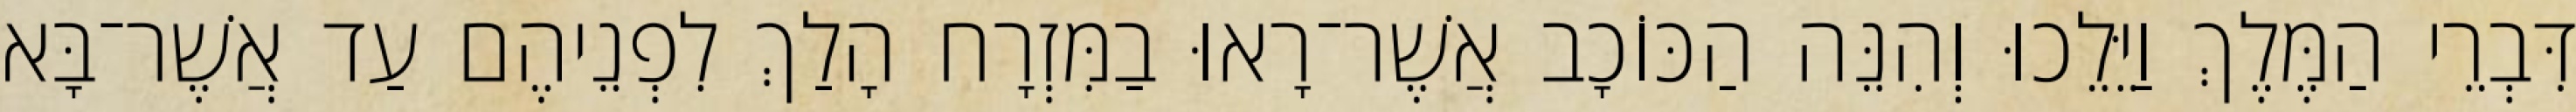
דִּבְרֵי הַמֶּלֶךְ וַיֵּלֵכוּ וְהִנֵּה הַכּוֹכָב אֲשֶׁר־רָאוּ בַמִּזְרָח הָלַךְ לִפְנֵיהֶם עַד אֲשֶׁר־בָּא